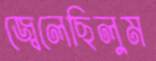
জ্বেলেছিলুম